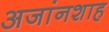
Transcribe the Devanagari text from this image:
अजांनशाह